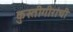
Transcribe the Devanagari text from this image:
कुस्तीगीरांची